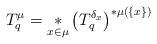
LaTeX: \begin{align*}T^\mu_q = \underset{x\in \mu}{\ast} \left( T^{\delta_x}_q \right) ^{\ast \mu(\{x\})}\end{align*}